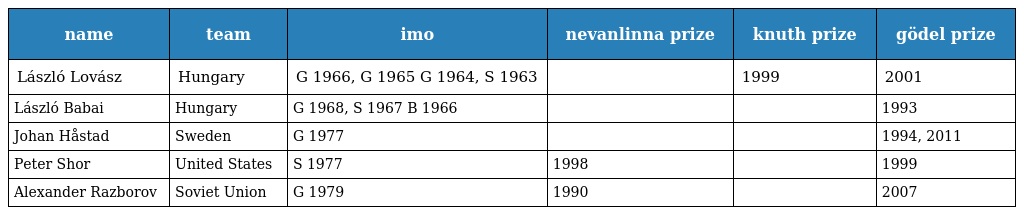
| name | team | imo | nevanlinna prize | knuth prize | gödel prize |
 | --- | --- | --- | --- | --- | --- |
 | László Lovász | Hungary | G 1966, G 1965 G 1964, S 1963 |  | 1999 | 2001 |
 | László Babai | Hungary | G 1968, S 1967 B 1966 |  |  | 1993 |
 | Johan Håstad | Sweden | G 1977 |  |  | 1994, 2011 |
 | Peter Shor | United States | S 1977 | 1998 |  | 1999 |
 | Alexander Razborov | Soviet Union | G 1979 | 1990 |  | 2007 |